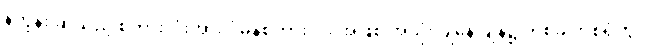
နိဟွန်း ဆိုသည့် စကားလုံးအား ပုံမှန်စကားလုံး အဖြစ် အသုံးပြုနေ ချိန်၌ တစ်ခါတစ်ရံတွင်